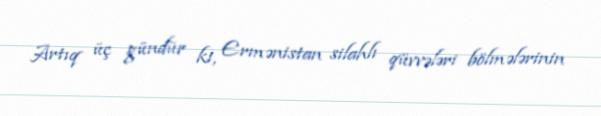
Artıq üç gündür ki, Ermənistan silahlı qüvvələri bölmələrinin